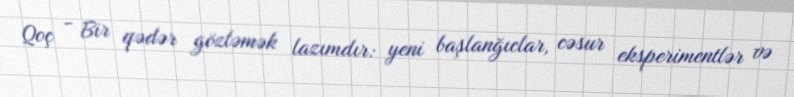
Qoç - Bir qədər gözləmək lazımdır: yeni başlanğıclar, cəsur eksperimentlər və